Lunatic asylums Central Provinces reports 1874-1885 - 1874-1885
Year: 1874
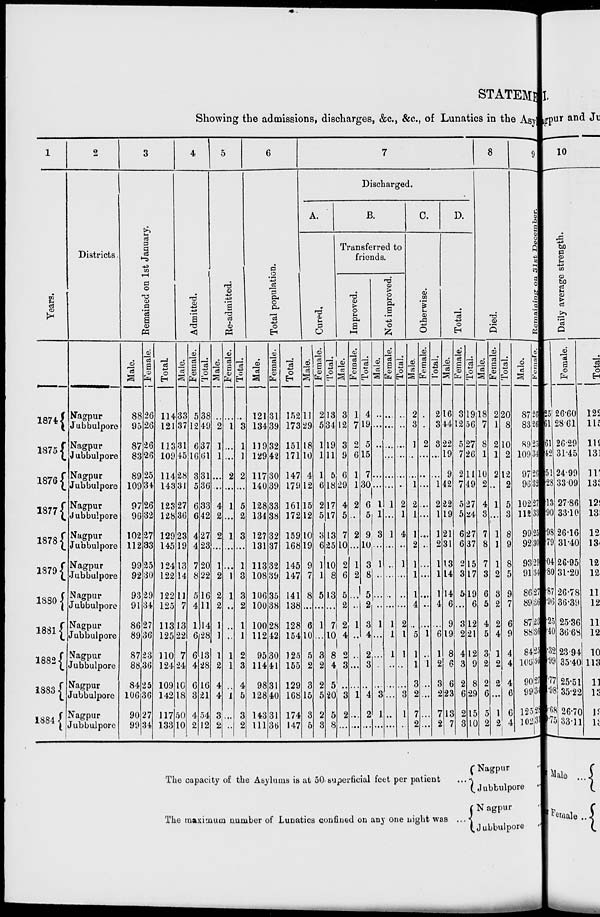
STATEMENT
Showing the admissions, discharges, &c., &c., of Lunatics in the Asyl
1
Years.
1874
1875
1876
1877
1878
1879
1880
1881
1882
1883
1884
2
Districts.
Nagpur
Jubbulpore
Nagpur
Jubbulpore
Nagpur
Jubbulpore
Nagpur
Jubbulpore
Nagpur
Jubbulpore
Nagpur
Jubbulpore
Nagpur
Jubbulpore
Nagpur
Jubbulpore
Nagpur
Jubbulpore
Nagpur
Jubbulpore
Nagpur
Jubbulpore
3
Remained on 1st January.
Male.
88
95
87
83
89
109
97
96
102
112
99
92
93
91
86
89
87
88
84
106
90
99
Female.
26
26
26
26
25
34
26
32
27
33
25
30
29
34
27
36
23
36
25
36
27
34
Total.
114
121
113
109
114
143
123
128
129
145
124
122
122
125
113
125
110
124
109
142
117
133
4
Admitted.
Male.
33
37
31
45
28
31
27
36
23
19
13
14
11
7
13
22
7
24
10
18
50
10
Female.
5
12
6
16
3
5
6
6
4
4
7
8
5
4
1
6
6
4
6
3
4
2
Total.
38
49
37
61
31
36
33
42
27
23
20
22
16
11
14
28
13
28
16
21
54
12
5
Re-admitted.
Male.
...
2
1
1
...
...
4
2
2
...
1
2
2
2
1
1
1
2
4
4
3
2
Female.
...
1
...
...
2
...
1
...
1
...
...
1
1
...
...
...
1
1
...
1
...
..
Total.
...
3
1
1
2
...
5
2
3
...
1
3
3
2
1
1
2
3
4
5
3
2
6
Total population.
Male.
121
134
119
129
117
140
128
134
127
131
113
108
106
100
100
112
95
114
98
128
143
111
Female.
31
39
32
42
30
39
33
38
32
37
32
39
35
38
28
42
30
41
31
40
31
36
Total.
152
173
151
171
147
179
161
172
159
168
145
147
141
138
128
154
125
155
129
168
174
147
7
Discharged.
A.
Cured.
Male.
11
29
18
10
4
12
15
12
10
19
9
7
8
...
6
10
5
2
3
15
3
5
Female.
2
5
1
1
1
6
2
5
3
6
1
1
5
...
1
...
3
2
2
5
2
3
Total.
13
34
19
11
5
18
17
17
13
25
10
8
13
...
7
10
8
4
5
20
5
8
B.
Transferred to
friends.
Improved.
Male.
3
12
3
9
6
29
4
5
7
10
2
6
5
2
2
4
2
3
...
3
2
...
Female.
1
7
2
6
1
1
2
...
2
...
1
2
...
..
1
...
...
...
...
1
...
...
Total.
4
19
5
15
7
30
6
5
9
10
3
8
5
2
3
4
2
3
...
4
2
...
Not improved.
Male.
...
...
...
...
...
...
1
1
3
...
1
...
...
...
1
...
...
...
...
3
1
...
Female.
...
...
...
...
...
...
1
...
1
...
...
...
...
...
1
1
1
...
...
...
...
...
Total.
...
...
...
...
...
...
2
1
4
...
1
...
...
...
2
1
1
...
...
3
1
...
C.
Otherwise.
Male.
2
3
1
...
...
1
2
1
1
2
1
1
1
4
...
5
1
1
3
2
7
2
Female.
...
...
2
...
...
...
...
...
...
...
...
...
...
...
...
1
...
1
...
...
...
...
Total.
2
3
3
...
...
1
2
1
1
2
1
1
1
4
...
6
1
2
3
2
7
2
D.
Total.
Male.
16
44
22
19
9
42
22
19
21
31
13
14
14
6
9
19
8
6
6
23
13
7
Female.
3
12
5
7
2
7
5
5
6
6
2
3
5
...
3
2
4
3
2
6
2
3
Total.
19
56
27
26
11
49
27
24
27
37
15
17
19
6
12
21
12
9
8
29
15
10
8
Died.
Male.
18
7
8
1
10
2
4
3
7
8
7
3
6
5
4
5
3
2
2
6
5
2
Female.
2
1
2
1
2
...
1
...
1
1
1
2
3
2
2
4
1
2
2
...
1
2
Total.
20
8
10
2
12
2
5
3
8
9
8
5
9
7
6
9
4
4
4
6
6
4
9
Remaining
on 31st December.
Male.
87
83
89
109
97
96
102
112
99
92
93
91
86
89
87
88
84
106
90
99
125
102
Female.
26
26
25
34
26
32
27
33
25
30
29
34
27
36
23
36
25
36
27
34
28
31
The capacity of the Asylums is at 50 superficial feet per patient
...
The maximum number of Lunatics confined on any one night was ...
Nagpur ...
Jubbulpore ...
Nagpur ...
Jubbulpore ...